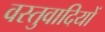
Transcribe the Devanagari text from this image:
वस्तुवादियों